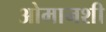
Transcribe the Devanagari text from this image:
ओमानशी